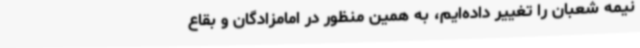
نیمه شعبان را تغییر داده‌ایم، به همین منظور در امامزادگان و بقاع